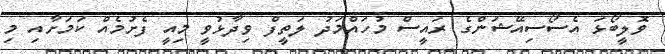
ވޮލީބޯޅަ އެސޯސިއޭޝަންގެ ރައީސް މުހައްމަދު ލަތީފް ވިދާޅުވީ މިއީ ފެށުމެއް ކަމަށާއި މި